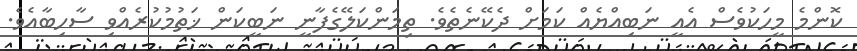
ކޮންމެ މީހަކުވެސް އެއީ ނަބިއްޔެއް ކަމަށް ދެކޭނެތެވެ. ތިމަންކަލޭގެފާނީ ނަބީކަން ޚަތުމުކުރެއްވި ސާހިބާއެވެ.